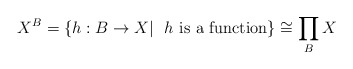
\begin{align*}X^B=\{h:B\rightarrow X|~~h~{\rm is~ a~ function}\}\cong \prod_{B}X\end{align*}